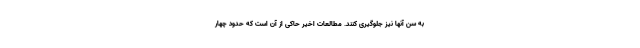
به سن آنها نیز جلوگیری کنند. مطالعات اخیر حاکی از آن است که حدود چهار